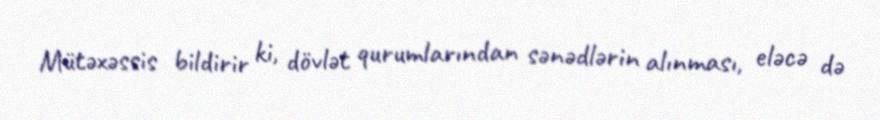
Mütəxəssis bildirir ki, dövlət qurumlarından sənədlərin alınması, eləcə də